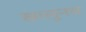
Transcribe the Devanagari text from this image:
खालूनच